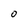
Character: o